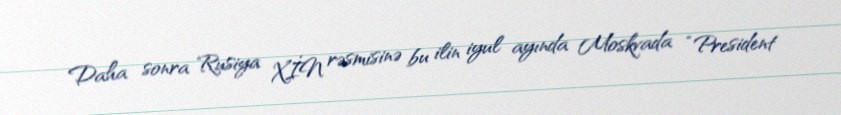
Daha sonra Rusiya XİN rəsmisinə bu ilin iyul ayında Moskvada “President